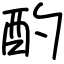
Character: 酌